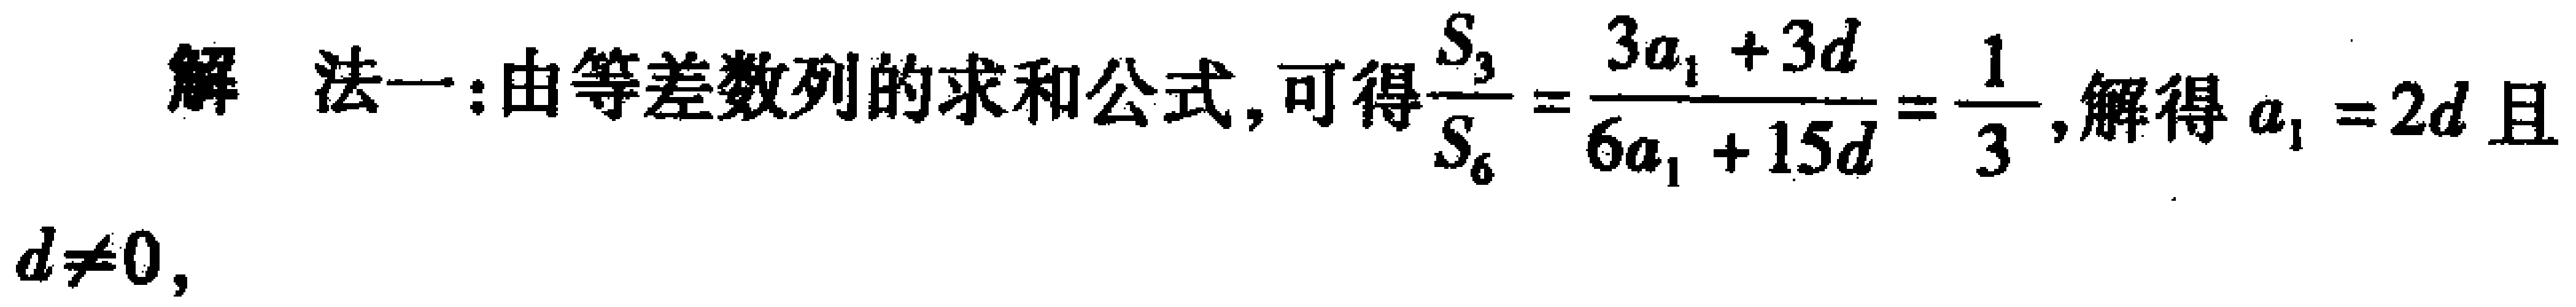
解 法一:由等差数列的求和公式, 可得$\frac{S_{3}}{S_{6}}=\frac{3a_{1} + 3d}{6a_{1} + 15d}=\frac{1}{3}$, 解得$a_{1} = 2d$且$d\neq0$,